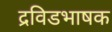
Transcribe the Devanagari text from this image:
द्रविडभाषक